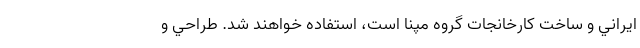
ايراني و ساخت کارخانجات گروه مپنا است، استفاده خواهند شد. طراحي و